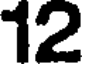
12